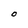
Character: O